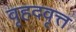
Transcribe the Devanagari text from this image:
वृहदवृत्त